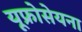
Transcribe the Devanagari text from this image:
यूफ्रोसेयना